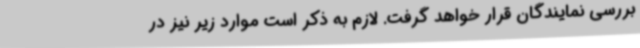
بررسی نمایندگان قرار خواهد گرفت. لازم به ذکر است موارد زیر نیز در